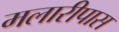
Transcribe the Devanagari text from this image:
मलारीपास